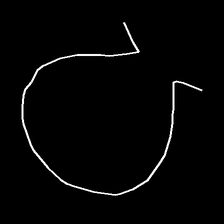
Glyph: weave